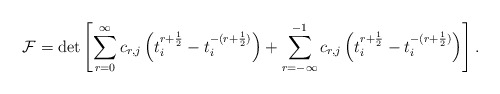
\begin{align*}{\cal F} = \det \left[ \sum_{r=0}^{\infty}c_{r,j}\left(t_{i}^{r+\frac{1}{2}}-t_{i}^{-(r+\frac{1}{2})}\right) + \sum_{r=-\infty}^{-1}c_{r,j}\left(t_{i}^{r+\frac{1}{2}} - t_{i}^{-(r+\frac{1}{2})}\right) \right].\end{align*}